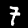
Label: 7